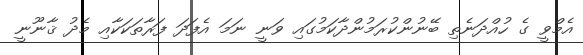
އެމްވީ ގެ ހުއްދަނެތި ބޭނުންކުރަމުންދާކަމުގައި ވަނީ ނަމަ އެފަދަ ފަރާތަކަކާއި މެދު ޤާނޫނީ